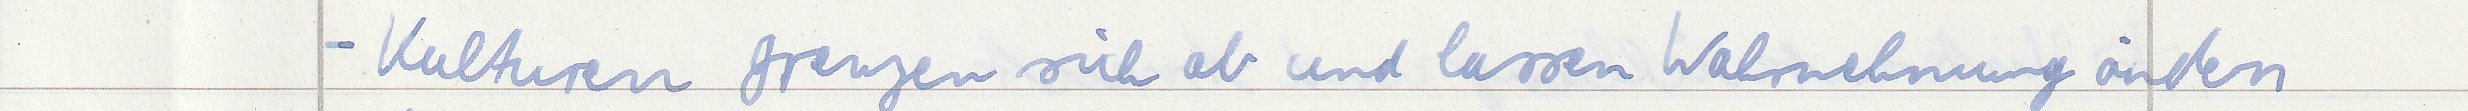
- Kulturen grenzen sich ab und lassen Wahrnehmung ändern